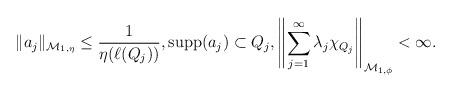
LaTeX: \begin{align*}\|a_j\|_{{\mathcal M}_{1,\eta}} \le \frac{1}{\eta(\ell(Q_j))}, {\rm supp}(a_j) \subset Q_j, \left\|\sum_{j=1}^\infty \lambda_j \chi_{Q_j}\right\|_{{\mathcal M}_{1,\phi}}<\infty.\end{align*}